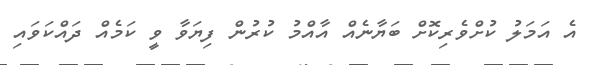
އެ އަމަލު ކުށްވެރިކޮށް ބަޔާނެއް އާއްމު ކުރުން ފިޔަވާ ވީ ކަމެއް ދައްކަވައި